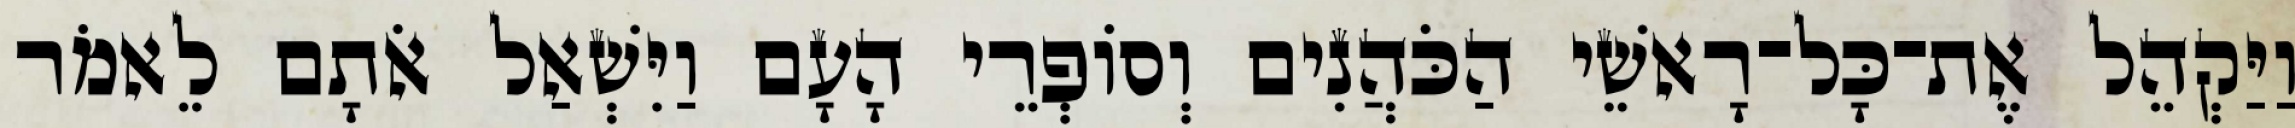
וַיַּקְהֵל אֶת־כָּל־רָאשֵׁי הַכֹּהֲנִים וְסוֹפְרֵי הָעָם וַיִּשְׁאַל אֹתָם לֵאמֹר